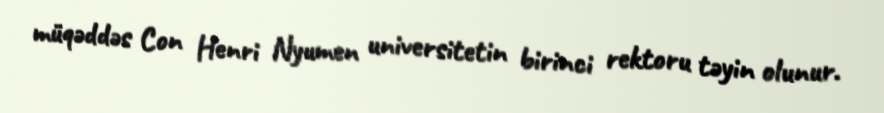
müqəddəs Con Henri Nyumen universitetin birinci rektoru təyin olunur.